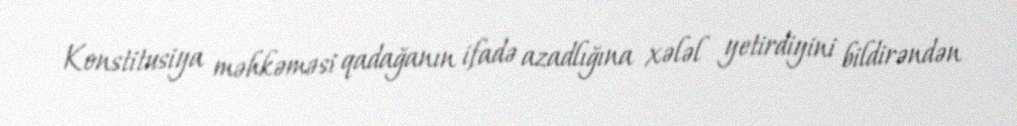
Konstitusiya məhkəməsi qadağanın ifadə azadlığına xələl yetirdiyini bildirəndən